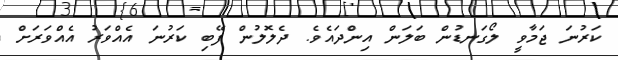
ކަރުނަ ޖަމާވީ ލޯގަނޑުން ބަލަން އިންދައެވެ. ދެލޮލުން ފޭބި ކަރުނަ އެއްވަރު އެއްވަރަށް